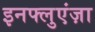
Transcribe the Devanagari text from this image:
इनफ्लुएंज़ा